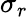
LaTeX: \sigma_{r}